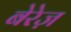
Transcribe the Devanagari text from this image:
बेरेज़